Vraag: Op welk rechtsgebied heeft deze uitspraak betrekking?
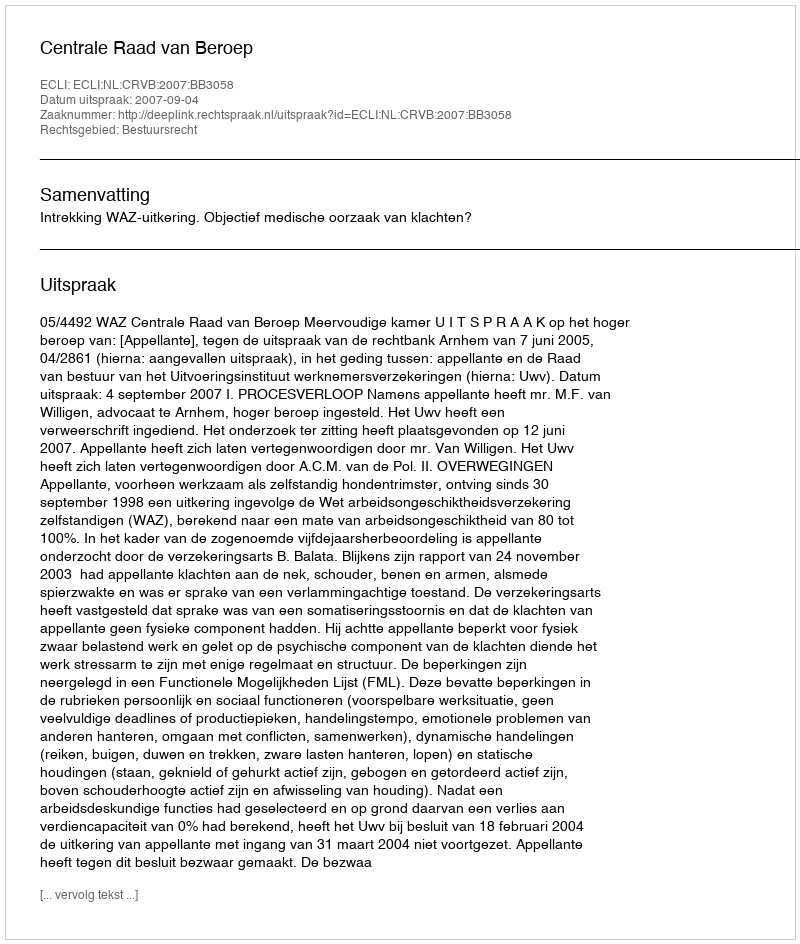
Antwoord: Bestuursrecht